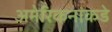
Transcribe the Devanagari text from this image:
अमेरिकनांकडे